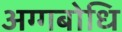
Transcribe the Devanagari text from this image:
अग्गबोधि